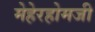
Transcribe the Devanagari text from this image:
मेहेरहोमजी